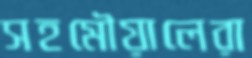
সহমৌয়ালেরা